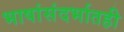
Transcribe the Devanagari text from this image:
भाषांसंदर्भातही